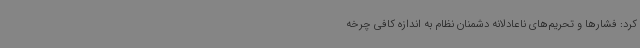
کرد: فشارها و تحریم‌های ناعادلانه دشمنان نظام به اندازه کافی چرخه